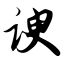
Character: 谀